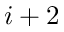
i + 2